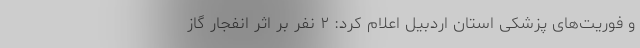
و فوریت‌های پزشکی استان اردبیل اعلام کرد: ۲ نفر بر اثر انفجار گاز